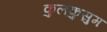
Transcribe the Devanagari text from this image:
कुलकुसुम